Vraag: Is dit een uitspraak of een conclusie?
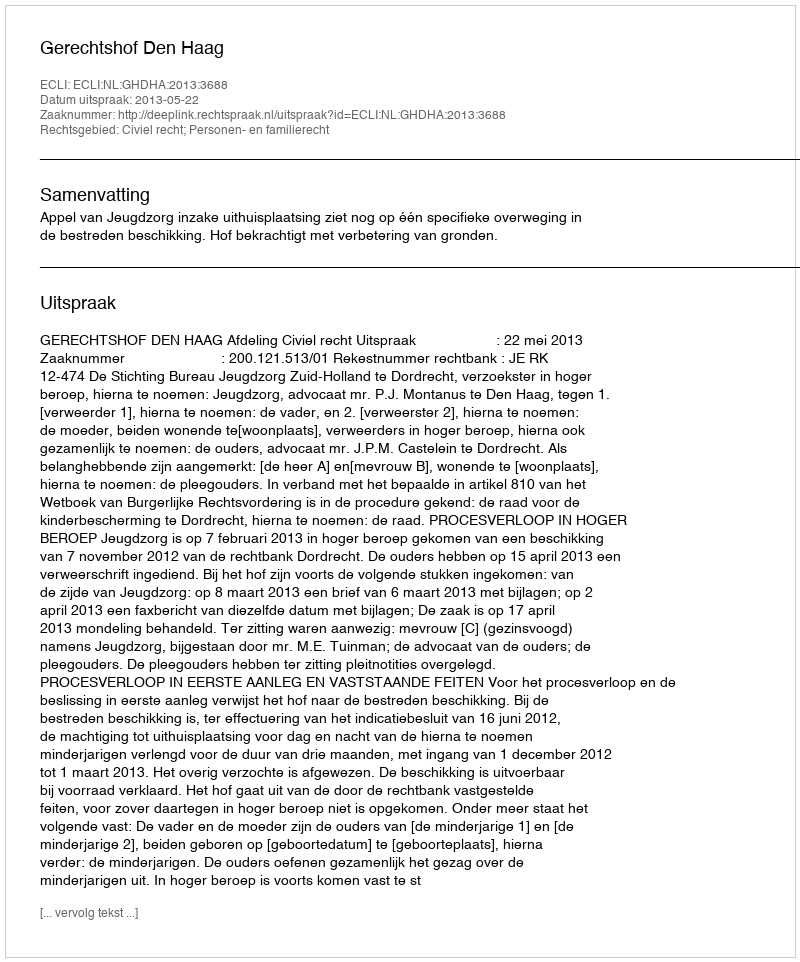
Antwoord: Uitspraak